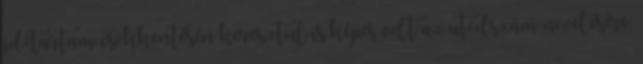
időtartam csökkentésén keresztül is képes volt az utódszám növelésére.